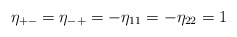
\begin{align*}\eta_{+-} = \eta_{-+} = - \eta_{11} = - \eta_{22} = 1\end{align*}